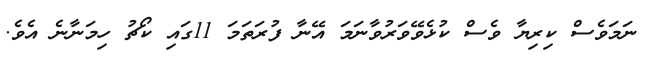
ނަމަވެސް ކިރިޔާ ވެސް ކުޅެވޭވަރުވާނަމަ އޭނާ ފުރަތަމަ 11ގައި ކޯޗު ހިމަނާނެ އެވެ.